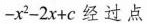
-x^{2}-2x+c经过点